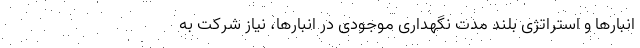
انبارها و استراتژی بلند مدت نگهداری موجودی در انبارها، نیاز شرکت به